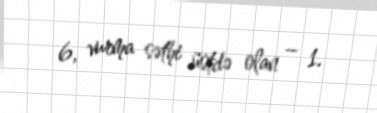
6, vurma səthi üstdə olan – 1.